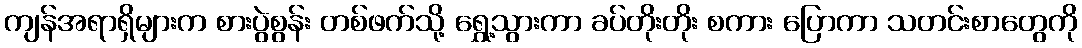
ကျန်အရာရှိများက စားပွဲစွန်း တစ်ဖက်သို့ ရွှေ့သွားကာ ခပ်တိုးတိုး စကား ပြောကာ သတင်းစာတွေကို